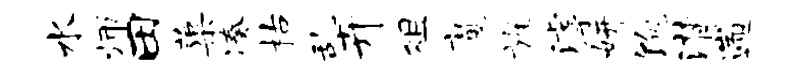
水师田蕖凑枯乱卉俎魔旌滹妍饱潸遄